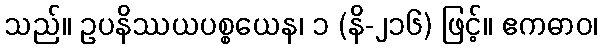
သည်။ ဥပနိဿယပစ္စယေန၊ ၁ (နိ-၂၁၆) ဖြင့်။ ဧကဓာဝ၊